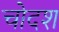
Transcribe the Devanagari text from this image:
चोदश